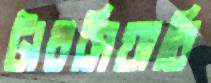
টারসিয়ারি